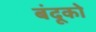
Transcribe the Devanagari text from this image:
बंदूको